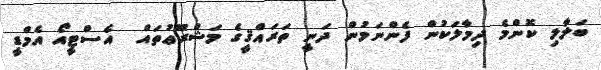
ބަލާލި ކޮންމެ ދިމާލަކުން ފެންނަމުން ދަނީ ތަރައްޤީގެ މަޝްރޫޢުތައް  އެސްޓީއޯ އެމްޑީ